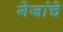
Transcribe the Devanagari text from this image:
गेजांचे